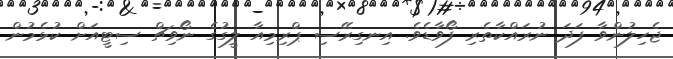
ޖެހިލުންވާ ފަދަ ނުރައްކާތެރި ފޯވާޑެވެ. އިނގިރޭސި ޕްރިމިއާ ލީގުގެ ނޯވިޗް ސިޓީއަށް ކުޅެމުން